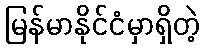
မြန်မာနိုင်ငံမှာရှိတဲ့